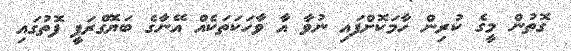
ގޮތުން މީގެ ކުރިން ހާމަކޮށްފައި ނުވާ އާ ވާހަކަތަކެއް އޭނާގެ ބަޔޮގްރަފީ ފޮތުގައި